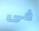
فى